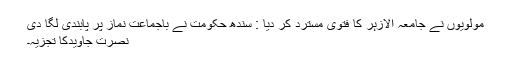
مولویوں نے جامعہ الازہر کا فتویٰ مسترد کر دیا : سندھ حکومت نے باجماعت نماز پر پابندی لگا دی
نصرت جاویدکا تجزیہ۔